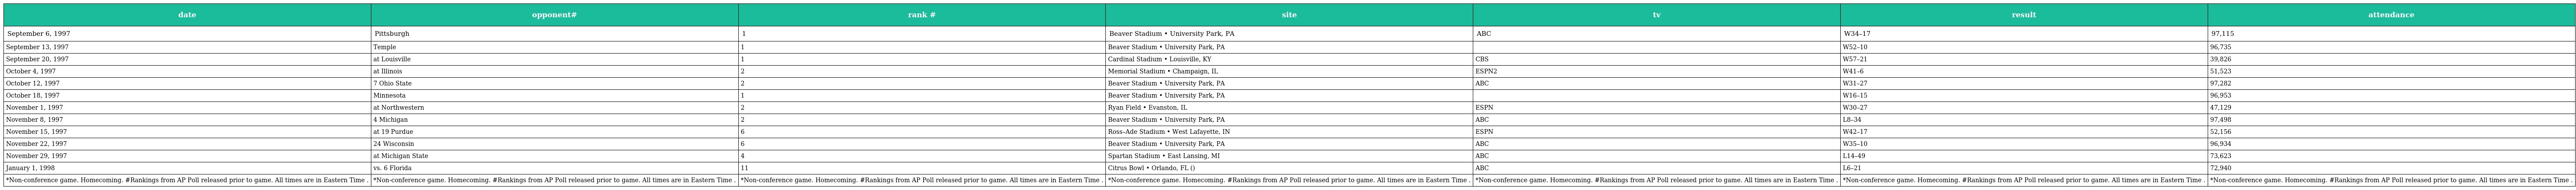
| date | opponent# | rank # | site | tv | result | attendance |
 | --- | --- | --- | --- | --- | --- | --- |
 | September 6, 1997 | Pittsburgh | 1 | Beaver Stadium • University Park, PA | ABC | W34–17 | 97,115 |
 | September 13, 1997 | Temple | 1 | Beaver Stadium • University Park, PA |  | W52–10 | 96,735 |
 | September 20, 1997 | at Louisville | 1 | Cardinal Stadium • Louisville, KY | CBS | W57–21 | 39,826 |
 | October 4, 1997 | at Illinois | 2 | Memorial Stadium • Champaign, IL | ESPN2 | W41–6 | 51,523 |
 | October 12, 1997 | 7 Ohio State | 2 | Beaver Stadium • University Park, PA | ABC | W31–27 | 97,282 |
 | October 18, 1997 | Minnesota | 1 | Beaver Stadium • University Park, PA |  | W16–15 | 96,953 |
 | November 1, 1997 | at Northwestern | 2 | Ryan Field • Evanston, IL | ESPN | W30–27 | 47,129 |
 | November 8, 1997 | 4 Michigan | 2 | Beaver Stadium • University Park, PA | ABC | L8–34 | 97,498 |
 | November 15, 1997 | at 19 Purdue | 6 | Ross–Ade Stadium • West Lafayette, IN | ESPN | W42–17 | 52,156 |
 | November 22, 1997 | 24 Wisconsin | 6 | Beaver Stadium • University Park, PA | ABC | W35–10 | 96,934 |
 | November 29, 1997 | at Michigan State | 4 | Spartan Stadium • East Lansing, MI | ABC | L14–49 | 73,623 |
 | January 1, 1998 | vs. 6 Florida | 11 | Citrus Bowl • Orlando, FL () | ABC | L6–21 | 72,940 |
 | *Non-conference game. Homecoming. #Rankings from AP Poll released prior to game. All times are in Eastern Time . | *Non-conference game. Homecoming. #Rankings from AP Poll released prior to game. All times are in Eastern Time . | *Non-conference game. Homecoming. #Rankings from AP Poll released prior to game. All times are in Eastern Time . | *Non-conference game. Homecoming. #Rankings from AP Poll released prior to game. All times are in Eastern Time . | *Non-conference game. Homecoming. #Rankings from AP Poll released prior to game. All times are in Eastern Time . | *Non-conference game. Homecoming. #Rankings from AP Poll released prior to game. All times are in Eastern Time . | *Non-conference game. Homecoming. #Rankings from AP Poll released prior to game. All times are in Eastern Time . |